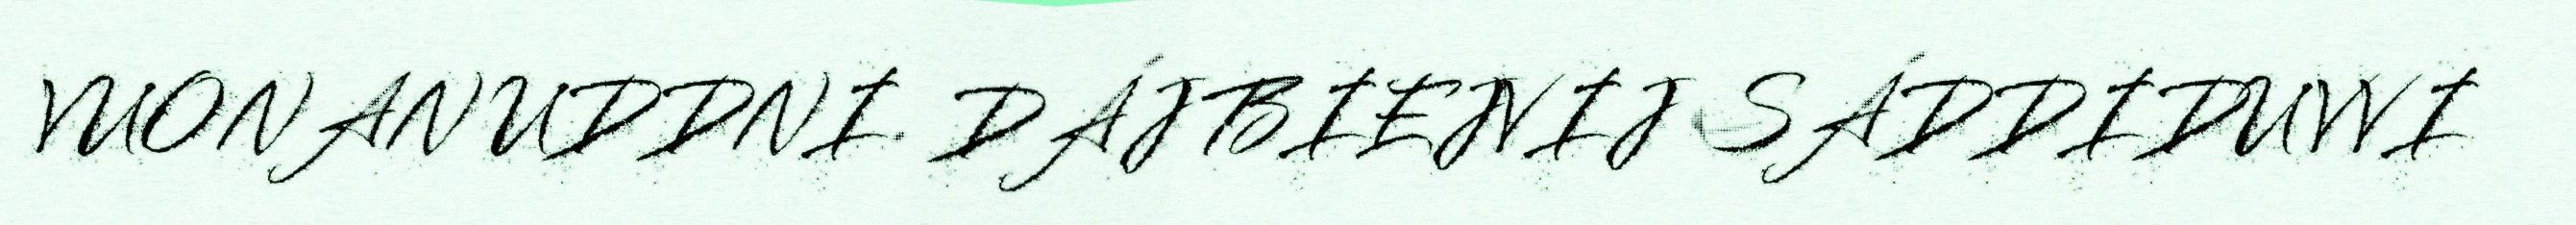
VUONAN UDDNI. DÁJ BIEJVIJ SÁDDIDUVVI